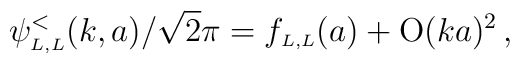
\psi_{\scriptscriptstyle{L, L}}^<(k,a)/\sqrt 2 \pi=f_{\scriptscriptstyle{L, L}}(a) + \mbox{O}(ka)^2\,,